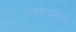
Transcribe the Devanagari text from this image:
वापरावरून